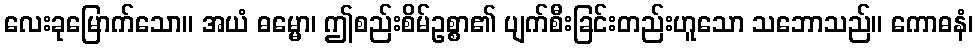
လေးခုမြောက်သော။ အယံ ဓမ္မော၊ ဤစည်းစိမ်ဥစ္စာ၏ ပျက်စီးခြင်းတည်းဟူသော သဘောသည်။ ကောဓနံ၊